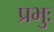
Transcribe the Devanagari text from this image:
प्रभुः